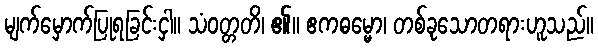
မျက်မှောက်ပြုရခြင်းငှါ။ သံဝတ္တတိ၊ ၏။ ဧကဓမ္မော၊ တစ်ခုသောတရားဟူသည်။